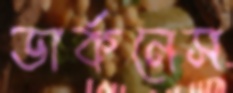
ডার্কনেস